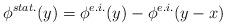
LaTeX: \begin{align*}\phi^{stat.}(y) = \phi^{e.i.}(y) - \phi^{e.i.}(y-x)\end{align*}